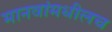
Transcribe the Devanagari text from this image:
मानवांमधीलच